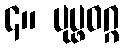
၄။ ပုပ္ဖဝဂ္ဂ